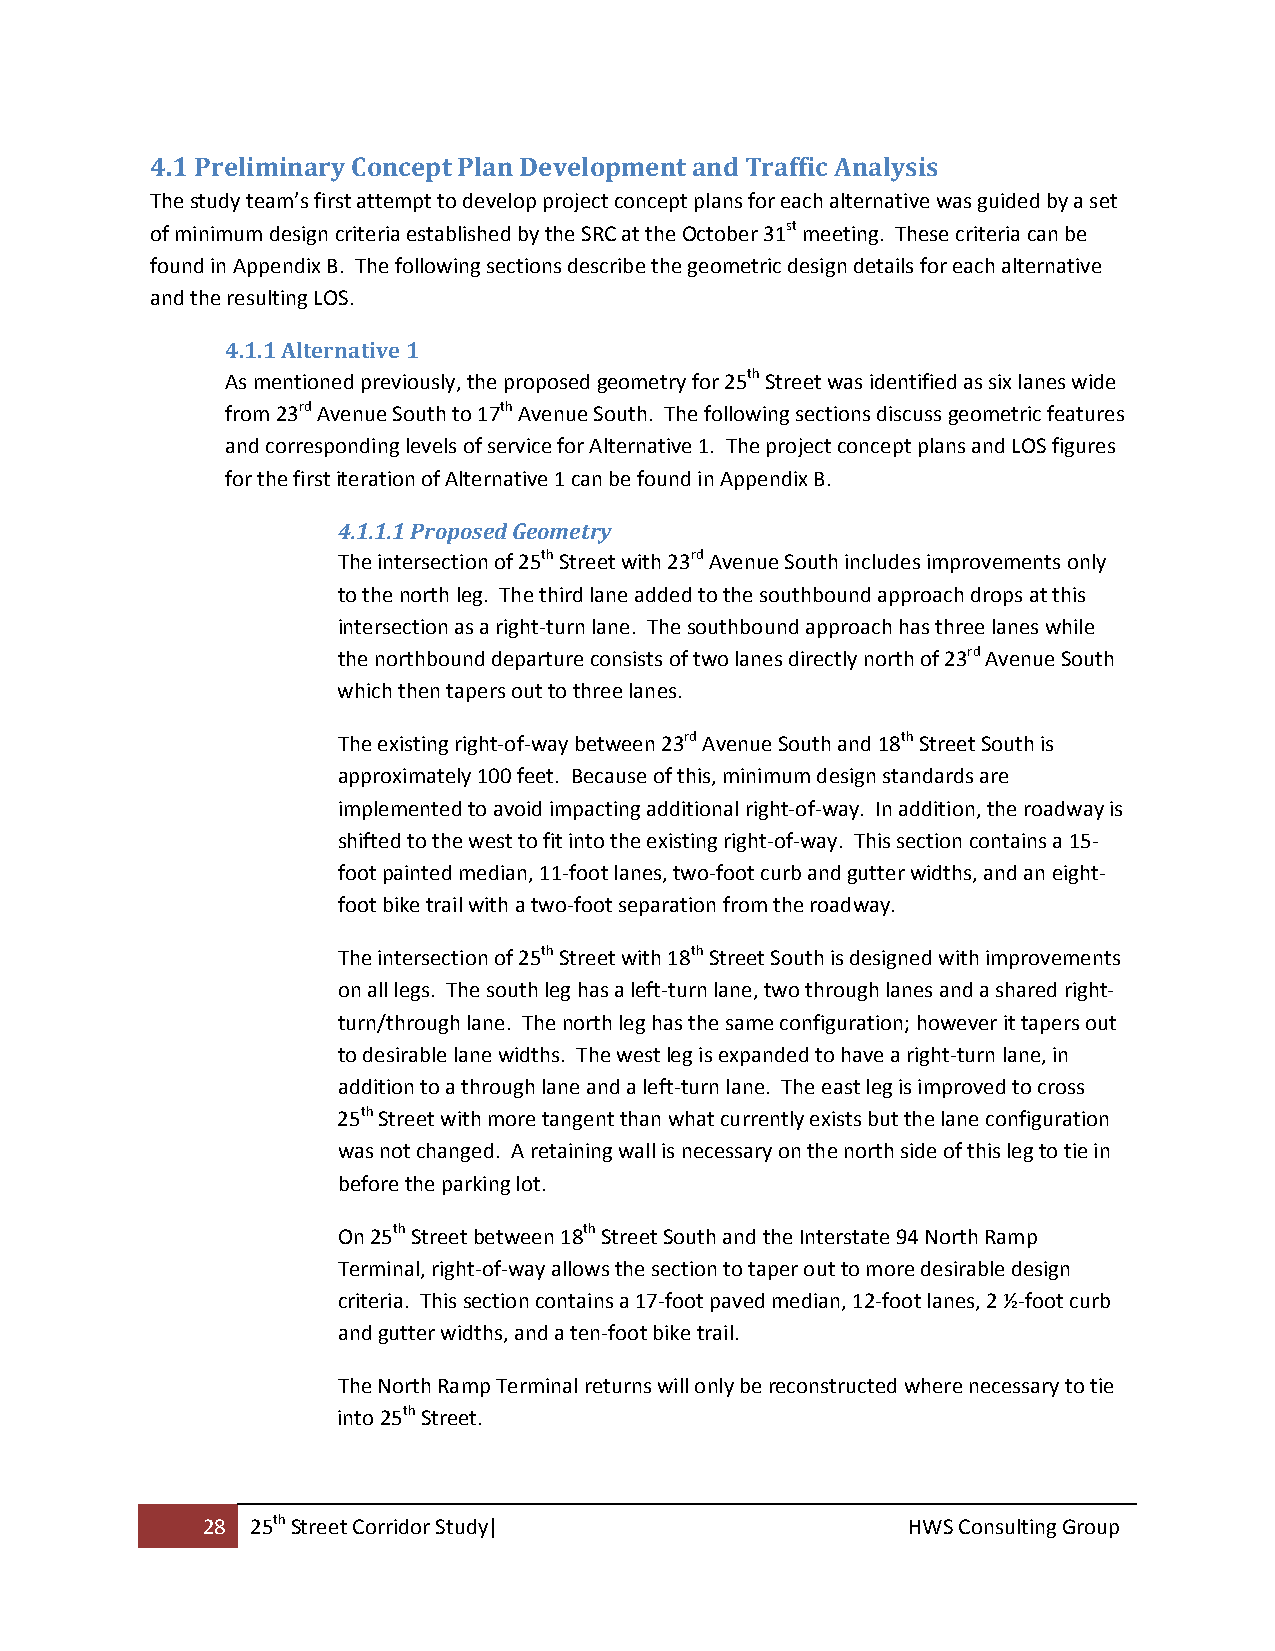
4.1 Preliminary Concept Plan Development and Traffic Analysis
 The study team’s first attempt to develop project concept plans for each alternative was guided by a set
 of minimum design criteria established by the SRC at the October 31st meeting. These criteria can be
 found in Appendix B. The following sections describe the geometric design details for each alternative
 and the resulting LOS.
 4.1.1 Alternative 1
 As mentioned previously, the proposed geometry for 25th Street was identified as six lanes wide
 from 23rd Avenue South to 17th Avenue South. The following sections discuss geometric features
 and corresponding levels of service for Alternative 1. The project concept plans and LOS figures
 for the first iteration of Alternative 1 can be found in Appendix B.
 4.1.1.1 Proposed Geometry
 The intersection of 25th Street with 23rd Avenue South includes improvements only
 to the north leg. The third lane added to the southbound approach drops at this
 intersection as a right‐turn lane. The southbound approach has three lanes while
 the northbound departure consists of two lanes directly north of 23rd Avenue South
 which then tapers out to three lanes.
 The existing right‐of‐way between 23rd Avenue South and 18th Street South is
 approximately 100 feet. Because of this, minimum design standards are
 implemented to avoid impacting additional right‐of‐way. In addition, the roadway is
 shifted to the west to fit into the existing right‐of‐way. This section contains a 15‐
 foot painted median, 11‐foot lanes, two‐foot curb and gutter widths, and an eight‐
 foot bike trail with a two‐foot separation from the roadway.
 The intersection of 25th Street with 18th Street South is designed with improvements
 on all legs. The south leg has a left‐turn lane, two through lanes and a shared right‐
 turn/through lane. The north leg has the same configuration; however it tapers out
 to desirable lane widths. The west leg is expanded to have a right‐turn lane, in
 addition to a through lane and a left‐turn lane. The east leg is improved to cross
 25th Street with more tangent than what currently exists but the lane configuration
 was not changed. A retaining wall is necessary on the north side of this leg to tie in
 before the parking lot.
 On 25th Street between 18th Street South and the Interstate 94 North Ramp
 Terminal, right‐of‐way allows the section to taper out to more desirable design
 criteria. This section contains a 17‐foot paved median, 12‐foot lanes, 2 ½‐foot curb
 and gutter widths, and a ten‐foot bike trail.
 The North Ramp Terminal returns will only be reconstructed where necessary to tie
 into 25th Street.
 28  25th Street Corridor Study|                HWS Consulting Group